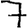
Digit: 7